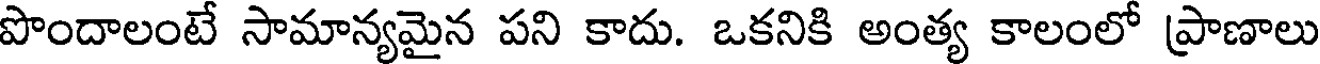
పొందాలంటే సామాన్యమైన పని కాదు. ఒకనికి అంత్య కాలంలో ప్రాణాలు